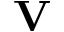
\mathbf { V }